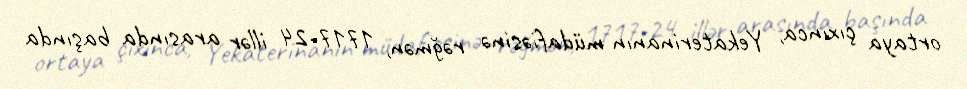
ortaya çıxınca, Yekaterinanın müdafiəsinə rəğmən, 1717-24 illər arasında başında